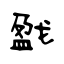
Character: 戤